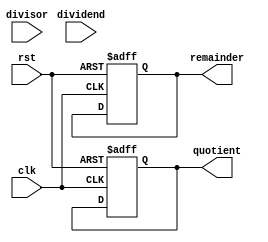
module divider (
    // Inputs
    input wire clk,
    input wire rst,
    input wire [31:0] dividend,
    input wire [31:0] divisor,
    
    // Outputs
    output wire [31:0] quotient,
    output wire [31:0] remainder
);

// Control unit
// Not implemented in this code

// Radix-2 SRT divider module
// Not implemented in this code

// Arithmetic blocks
// Not implemented in this code

// Register file
reg [31:0] reg_a;
reg [31:0] reg_b;
reg [31:0] reg_quotient;
reg [31:0] reg_remainder;

// Pipeline stages
// Not implemented in this code

// Data path
always @(posedge clk or posedge rst) begin
    if (rst) begin
        reg_a <= 0;
        reg_b <= 0;
        reg_quotient <= 0;
        reg_remainder <= 0;
    end else begin
        // Perform division operation
        // Not implemented in this code
        // Update reg_quotient and reg_remainder
    end
end

assign quotient = reg_quotient;
assign remainder = reg_remainder;

endmodule